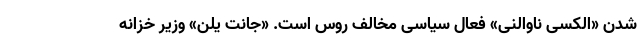
شدن «الکسی ناوالنی» فعال سیاسی مخالف روس است. «جانت یلن» وزیر خزانه